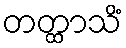
တတ္ထာသိံ